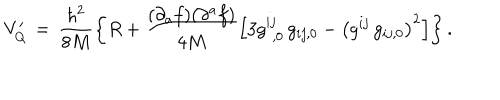
V _ { Q } ^ { \prime } \, = \, \frac { { \hbar } ^ { 2 } } { 8 M } \left\{ R + \frac { ( \partial _ { a } f ) ( \partial ^ { a } f ) } { 4 M } \left[ 3 g _ { \phantom { 0 } , 0 } ^ { i j } \, g _ { i j , 0 } - { \left( g ^ { i j } \, g _ { i j , 0 } \right) } ^ { 2 } \right] \right\} .